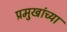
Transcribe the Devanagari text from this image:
प्रमुखांच्या